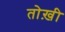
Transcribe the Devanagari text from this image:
तोख़ी